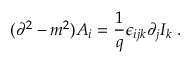
( \partial ^ { 2 } - m ^ { 2 } ) A _ { i } = \frac { 1 } { q } \epsilon _ { i j k } \partial _ { j } I _ { k } \; .